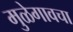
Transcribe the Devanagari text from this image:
मुळेगावचा